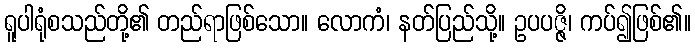
ရူပါရုံစသည်တို့၏ တည်ရာဖြစ်သော။ လောကံ၊ နတ်ပြည်သို့။ ဥပပဇ္ဇိ၊ ကပ်၍ဖြစ်၏။